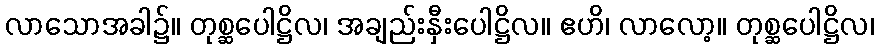
လာသောအခါ၌။ တုစ္ဆပေါဋ္ဌိလ၊ အချည်းနှီးပေါဋ္ဌိလ။ ဧဟိ၊ လာလော့။ တုစ္ဆပေါဋ္ဌိလ၊